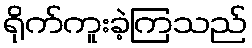
ရိုက်ကူးခဲ့ကြသည်